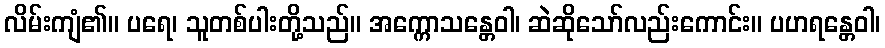
လိမ်းကျံ၏။ ပရေ၊ သူတစ်ပါးတို့သည်။ အက္ကောသန္တေဝါ၊ ဆဲဆိုသော်လည်းကောင်း။ ပဟရန္တေဝါ၊